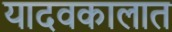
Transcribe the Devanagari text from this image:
यादवकालात